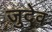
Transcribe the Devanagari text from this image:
जुदेव